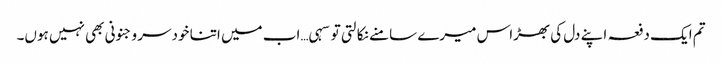
تم ایک دفعہ اپنے دل کی بھڑاس میرے سامنے نکالتی تو سہی…اب میں اتنا خودسر و جنونی بھی نہیں ہوں۔